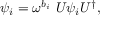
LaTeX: \psi _ { i } = \omega ^ { b _ { i } } \ U \psi _ { i } U ^ { \dagger } ,